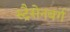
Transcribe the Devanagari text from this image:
स्ट्रैसेनबर्ग